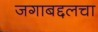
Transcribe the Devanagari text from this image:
जगाबद्दलचा